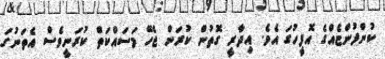
ކުންފުންޏެއްގެ އޮފީހުގަ އެވެ. އިދާރީ ގޮތުން ކުރަން ޖެހޭ މަސައްކަތް ކުރަނީވެސް އެތަނުގަ